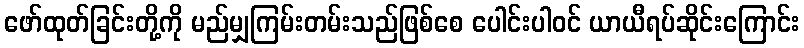
ဖော်ထုတ်ခြင်းတို့ကို မည်မျှကြမ်းတမ်းသည်ဖြစ်စေ ပေါင်းပါဝင် ယာယီရပ်ဆိုင်းကြောင်း